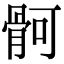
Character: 䯊